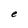
Character: e